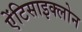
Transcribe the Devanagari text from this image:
ऐंटिसाइक्लोन